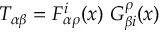
T _ { \alpha \beta } = F _ { \alpha \rho } ^ { i } ( x ) ~ G _ { \beta i } ^ { \rho } ( x )